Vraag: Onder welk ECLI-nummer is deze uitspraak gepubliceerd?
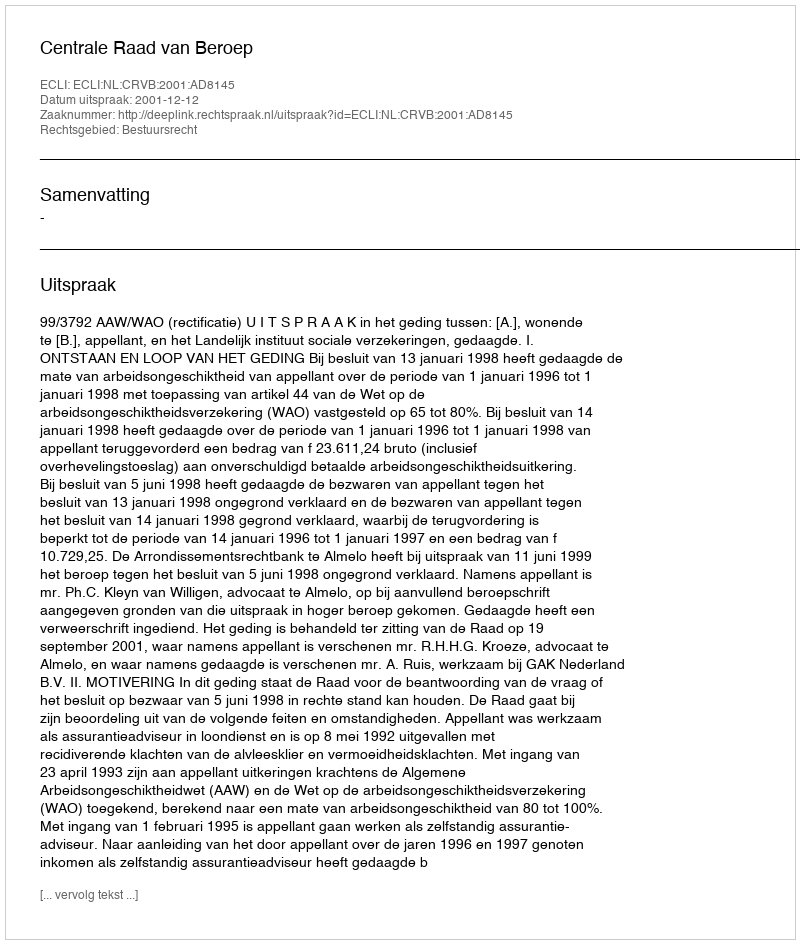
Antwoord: ECLI:NL:CRVB:2001:AD8145